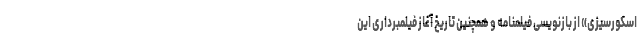
اسکورسیزی» از بازنویسی فیلمنامه و همچنین تاریخ آغاز فیلمبرداری این